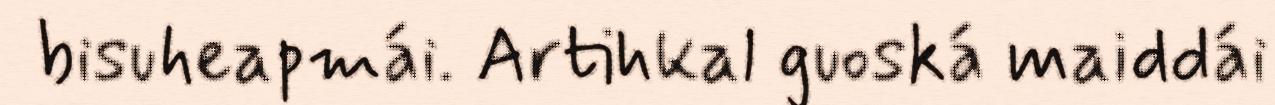
bisuheapmái. Artihkal guoská maiddái